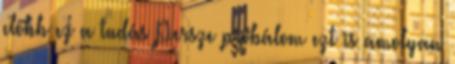
előbb ez a tudás Persze próbálom ezt is amolyan